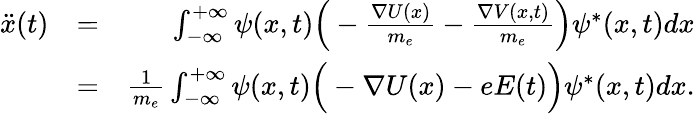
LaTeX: \begin{array}{rlr}{\ddot{x}(t)}&{=}&{\int_{-\infty}^{+\infty}\psi(x,t)\Big(-\frac{\nabla U(x)}{m_{e}}-\frac{\nabla V(x,t)}{m_{e}}\Big)\psi^{*}(x,t)dx}\\ &{=}&{\frac{1}{m_{e}}\int_{-\infty}^{+\infty}\psi(x,t)\Big(-\nabla U(x)-eE(t)\Big)\psi^{*}(x,t)dx.}\end{array}